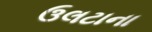
ઉલટાના